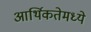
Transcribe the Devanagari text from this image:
आर्थिकतेमध्ये